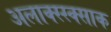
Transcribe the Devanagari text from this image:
अलाक्स्स्क्साक